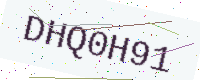
Text: DHQ0H91